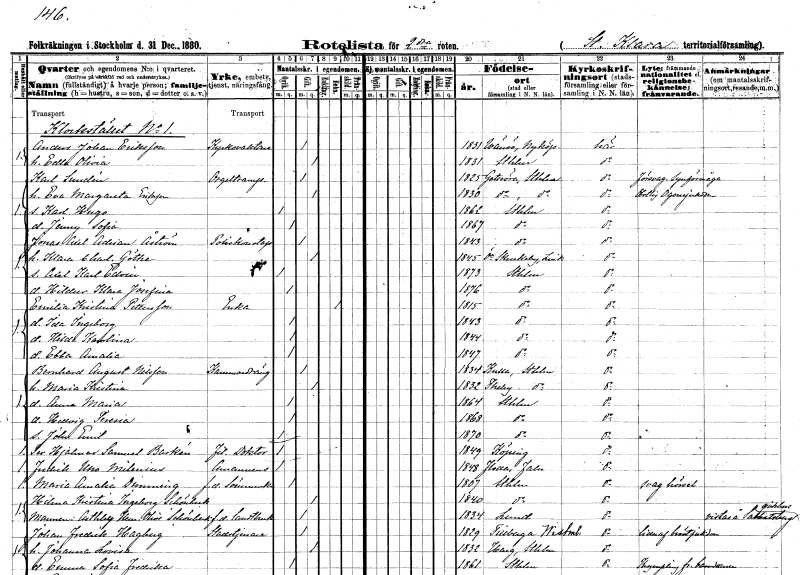
gt_parse: households: individuals: FN: Anders Johan
EN: Eriksson
YRKE: Kyrkvakt
KON: M
CIV: G
FODAR: 1831
FODFORS: Vansö Södermanlands län
FN: Edla Olivia
KON: K
CIV: G
FODAR: 1831
FODFORS: Stockholm
FN: Karl
EN: Sundén
YRKE: Orgeltrampare
KON: M
CIV: G
FODAR: 1825
FODFORS: Gottröra Stockholms län
FN: Eva Margareta
EN: Eriksson
KON: K
CIV: G
FODAR: 1830
FODFORS: Gottröra Stockholms län
FN: Karl Hugo
KON: M
CIV: O
FODAR: 1862
FODFORS: Stockholm
FN: Jenny Sofia
KON: K
CIV: O
FODAR: 1867
FODFORS: Stockholm
FN: Jonas Axel Adrian
EN: Åström
YRKE: Poliskonstapel
KON: M
CIV: G
FODAR: 1843
FODFORS: Stockholm
FN: Klara Charlotta
EN: Göthe
KON: K
CIV: G
FODAR: 1845
FODFORS: Östra Skrukeby Östergötlands län
FN: Axel Karl Edvin
KON: M
CIV: O
FODAR: 1873
FODFORS: Stockholm
FN: Hildur Klara Josefina
KON: K
CIV: O
FODAR: 1876
FODFORS: Stockholm
FN: Emilia Kristina
EN: Pettersson
YRKE: Änka
KON: K
CIV: E
FODAR: 1815
FODFORS: Stockholm
FN: Ida Ingeborg
KON: K
CIV: O
FODAR: 1843
FODFORS: Stockholm
FN: Hilda Karolina
KON: K
CIV: O
FODAR: 1844
FODFORS: Stockholm
FN: Ebba Amalia
KON: K
CIV: O
FODAR: 1847
FODFORS: Stockholm
FN: Bernhard August
EN: Nilsson
YRKE: Kammardräng
KON: M
CIV: G
FODAR: 1834
FODFORS: Kulla Stockholms län
FN: Maria Kristina
KON: K
CIV: G
FODAR: 1832
FODFORS: Täby Stockholms län
FN: Anna Maria
KON: K
CIV: O
FODAR: 1864
FODFORS: Stockholm
FN: Hedvig Teresia
KON: K
CIV: O
FODAR: 1868
FODFORS: Stockholm
FN: John Emil
KON: M
CIV: O
FODAR: 1870
FODFORS: Stockholm
FN: Per Hjalmar Samuel
EN: Barkén
YRKE: Fil. doktor
KON: M
CIV: O
FODAR: 1849
FODFORS: Köping Västmanlands län
FN: Fredrik Uno
EN: Milenius
YRKE: Amanuens
KON: M
CIV: O
FODAR: 1848
FODFORS: Floda Kopparbergs län
FN: Maria Amalia
EN: Dimming
YRKE: Sömmerska f.d.
KON: K
CIV: O
FODAR: 1807
FODFORS: Stockholm
FN: Hilma Kristina Ingeborg
EN: Schönbeck
KON: K
CIV: G
FODAR: 1840
FODFORS: Stockholm
FN: Asthley Hemming Oliver
EN: Schönbeck
YRKE: Lantbrukare f.d.
KON: M
CIV: G
FODAR: 1834
FODFORS: Lund Malmöhus län